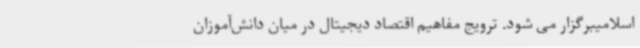
اسلامیبرگزار می شود. ترویج مفاهیم اقتصاد دیجیتال در میان دانش‌آموزان